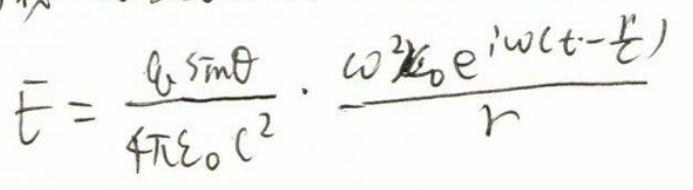
\[
\mathbf{E} = \frac{q_0\sin\theta}{4\pi\varepsilon_0 c^2} \cdot \frac{\omega^2 x_0 e^{i\omega(t - \frac{r}{c})}}{r}
\]